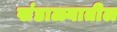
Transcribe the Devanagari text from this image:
खंडाळ्यातील